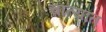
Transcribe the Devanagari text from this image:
चात्यात